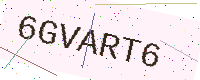
Text: 6GVART6